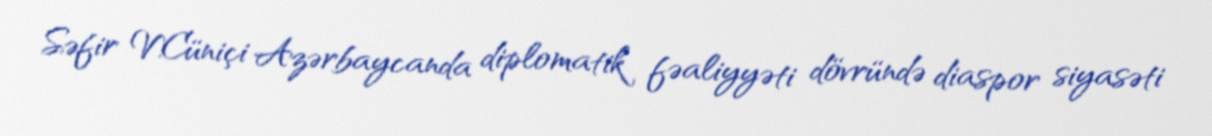
Səfir V.Cüniçi Azərbaycanda diplomatik fəaliyyəti dövründə diaspor siyasəti